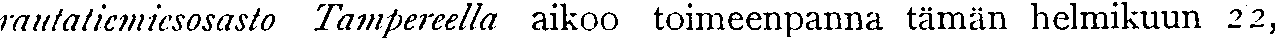
rautatiemiesosasto Tampereella aikoo toimeenpanna tämän helmikuun 22,